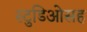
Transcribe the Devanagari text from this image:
स्टुडिओसह